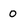
Character: o